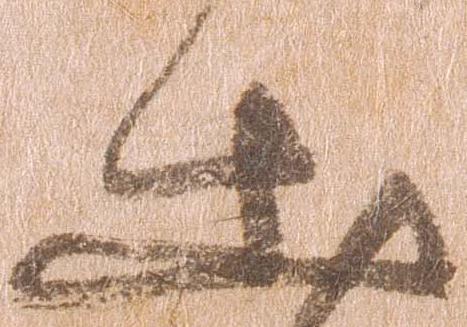
出